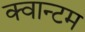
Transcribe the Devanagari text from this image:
क्‍वान्‍टम